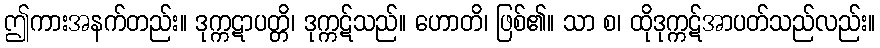
ဤကားအနက်တည်း။ ဒုက္ကဋာပတ္တိ၊ ဒုက္ကဋ်သည်။ ဟောတိ၊ ဖြစ်၏။ သာ စ၊ ထိုဒုက္ကဋ်အာပတ်သည်လည်း။